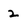
Character: 2